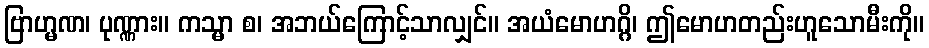
ဗြာဟ္မဏ၊ ပုဏ္ဏား။ ကသ္မာ စ၊ အဘယ်ကြောင့်သာလျှင်။ အယံမောဟဂ္ဂိ၊ ဤမောဟတည်းဟူသောမီးကို။